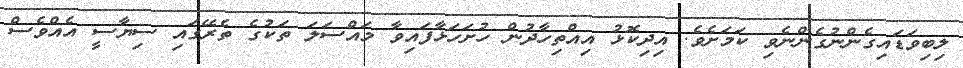
ލިބިވަޑައިގެންނުގެންނެވި ކަމަށެވެ. އިދިކޮޅު އިއްތިހާދުން ހުށަހަޅާފައިވާ މައްސަލަ ތަކުގެ ތެރޭގައި ސިޔާސީ އެއްވެސް